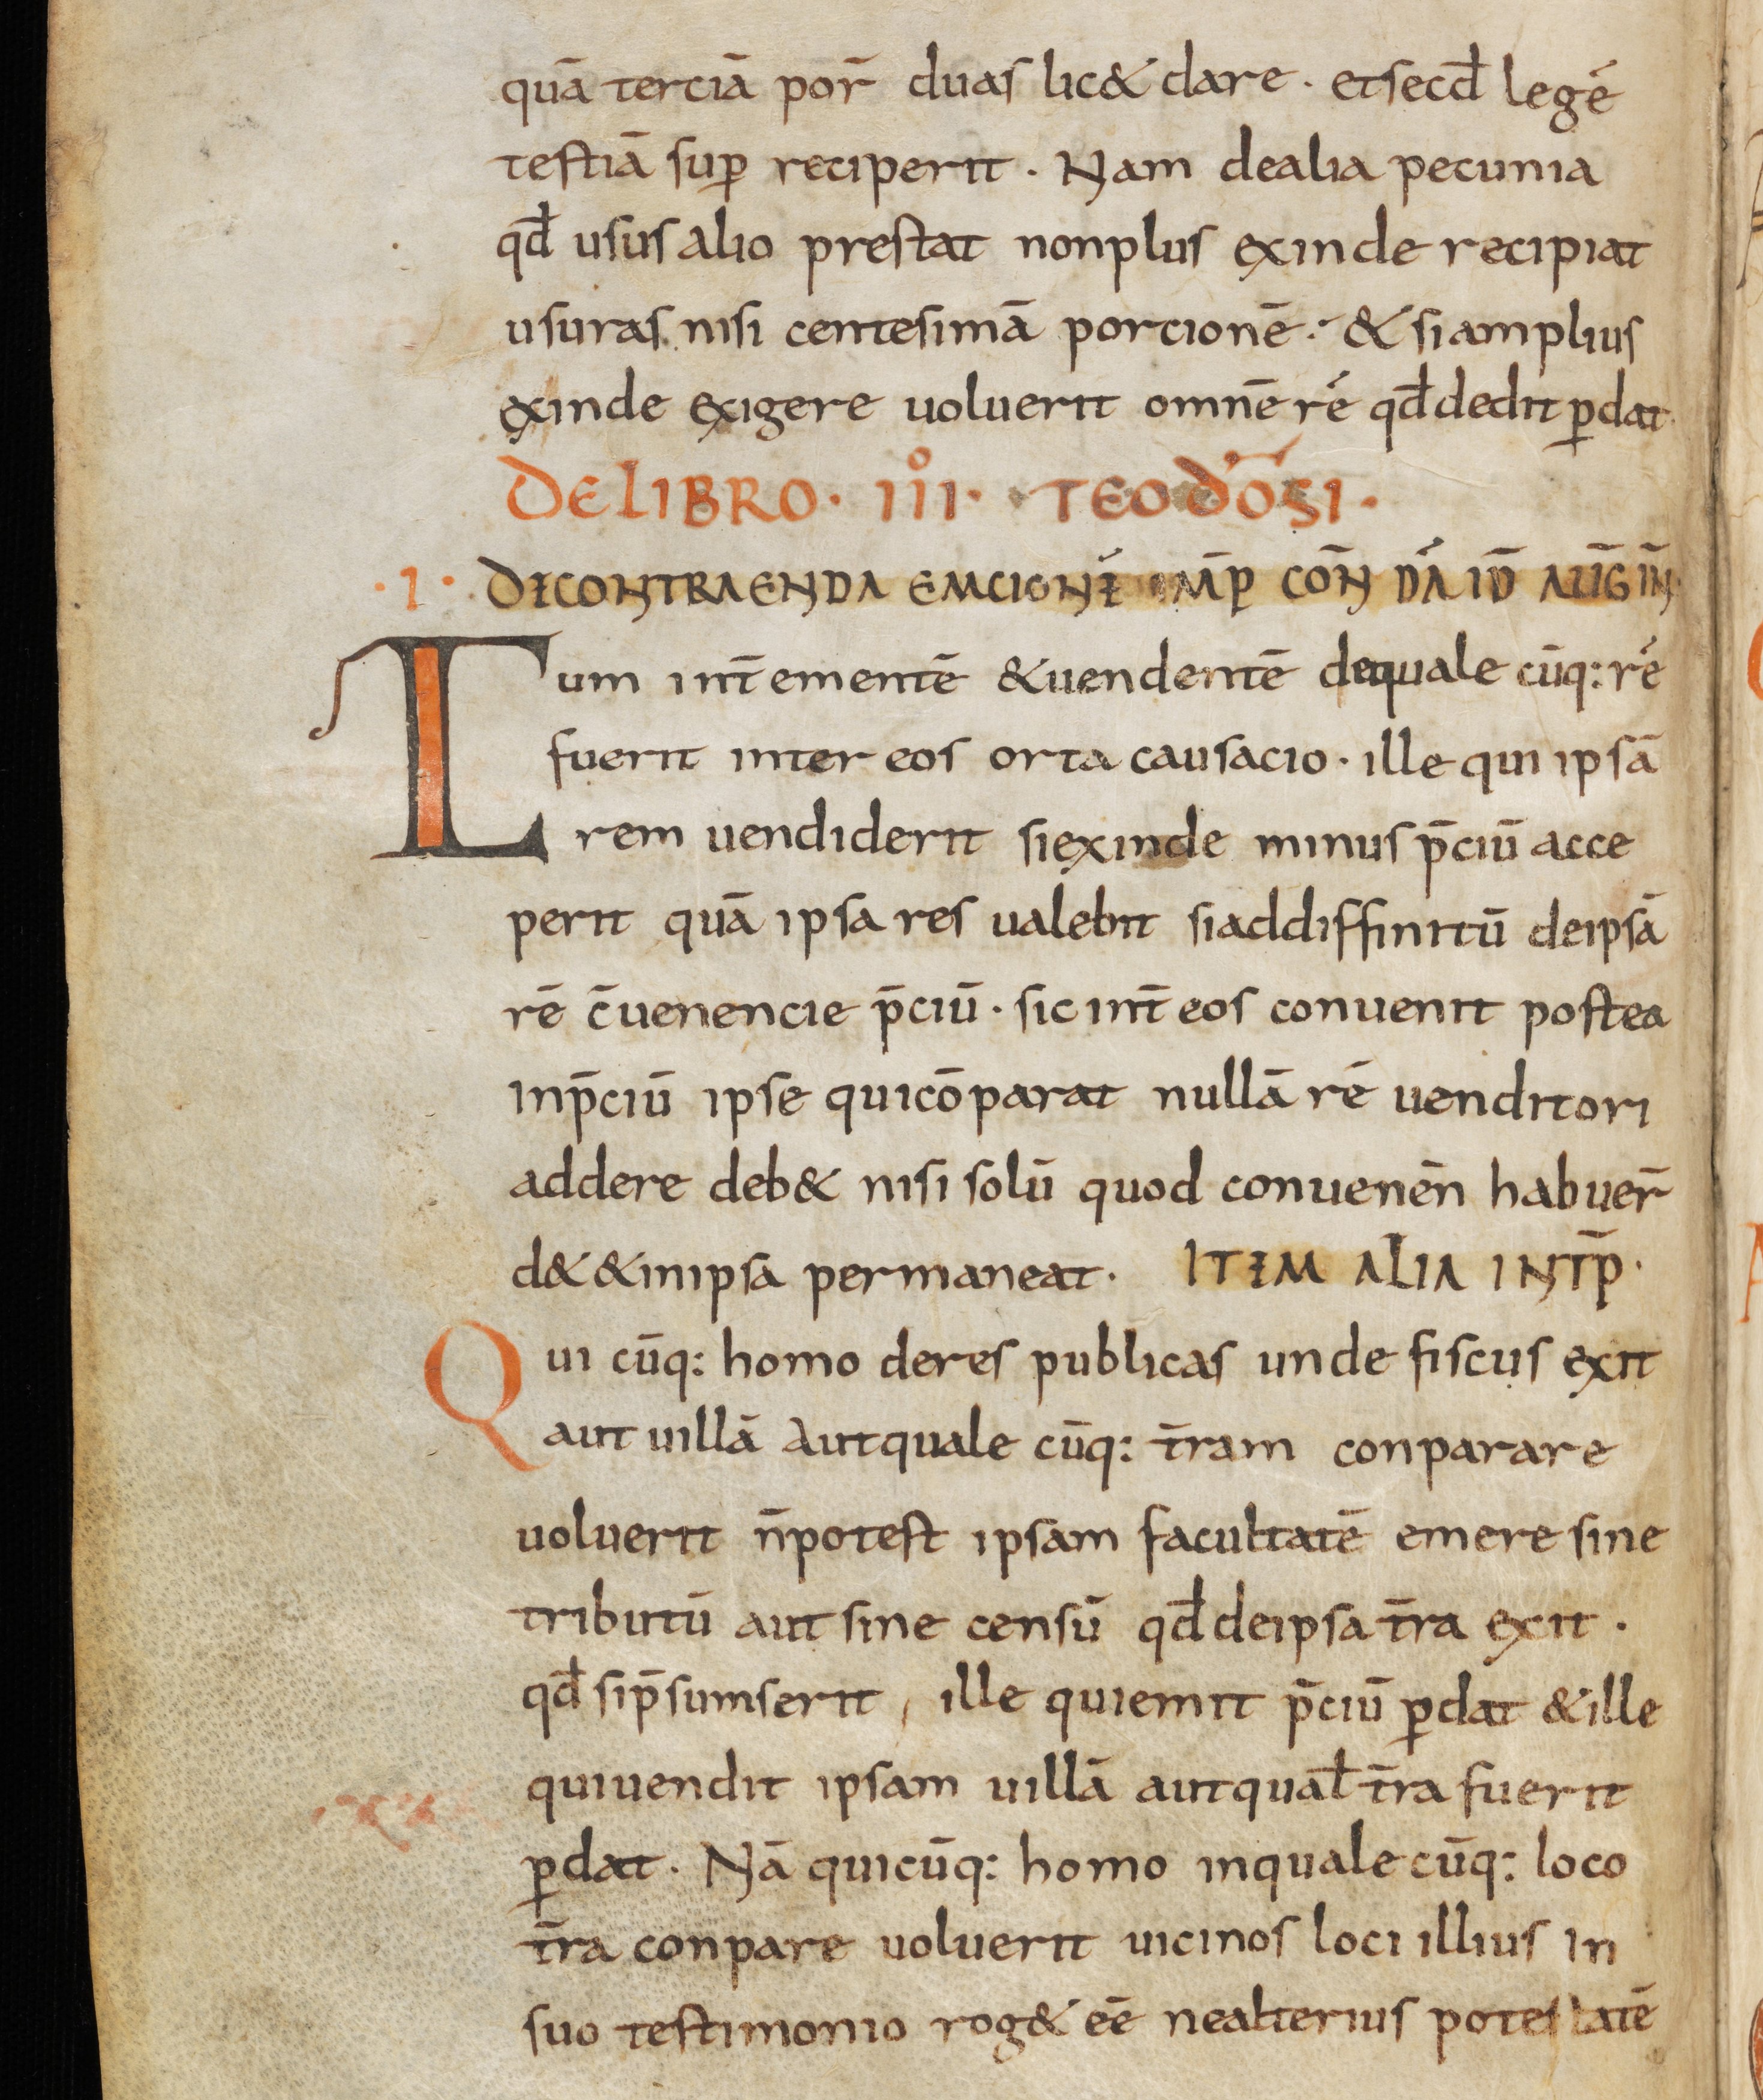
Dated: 800–865